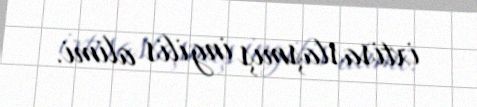
ixtisaslaşmış ingilis alimi.